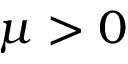
\mu > 0